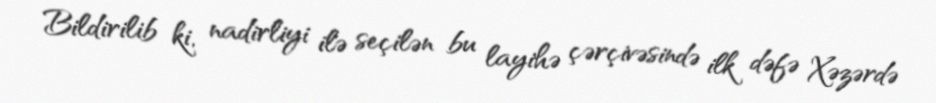
Bildirilib ki, nadirliyi ilə seçilən bu layihə çərçivəsində ilk dəfə Xəzərdə